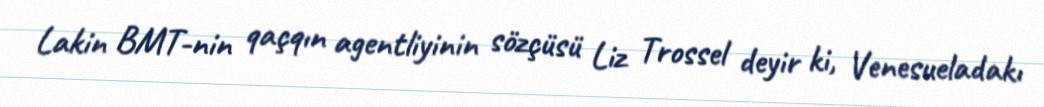
Lakin BMT-nin qaçqın agentliyinin sözçüsü Liz Trossel deyir ki, Venesueladakı